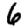
Digit: 6